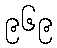
၉၆၉